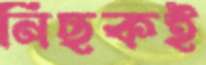
নিছকই